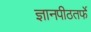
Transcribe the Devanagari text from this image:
ज्ञानपीठतर्फे